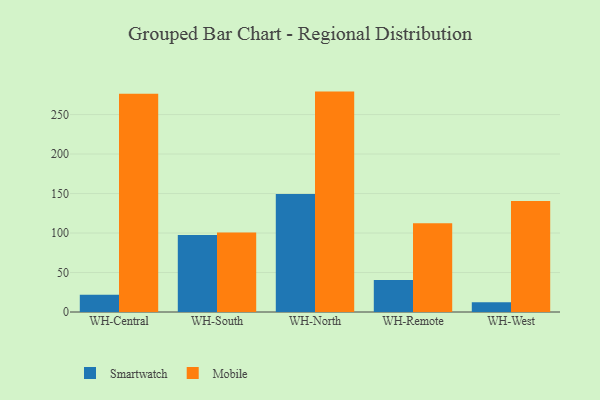
{"axis": {"x": "Warehouse", "y": "Temperature (°C)"}, "legend": ["Mobile", "Smartwatch"], "data": [{"x": "WH-Central", "y": 21.9, "type": "Smartwatch"}, {"x": "WH-Central", "y": 276.3, "type": "Mobile"}, {"x": "WH-South", "y": 97.6, "type": "Smartwatch"}, {"x": "WH-South", "y": 100.8, "type": "Mobile"}, {"x": "WH-North", "y": 149.5, "type": "Smartwatch"}, {"x": "WH-North", "y": 279.1, "type": "Mobile"}, {"x": "WH-Remote", "y": 40.4, "type": "Smartwatch"}, {"x": "WH-Remote", "y": 112.3, "type": "Mobile"}, {"x": "WH-West", "y": 12.5, "type": "Smartwatch"}, {"x": "WH-West", "y": 140.7, "type": "Mobile"}]}